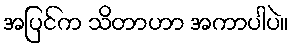
အပြင်က သိတာဟာ အကာပါပဲ။